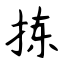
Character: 拣